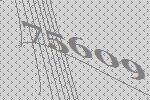
75609